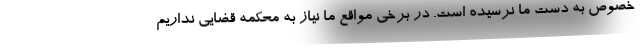
خصوص به دست ما نرسیده است. در برخی مواقع ما نیاز به محکمه قضایی نداریم